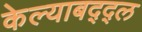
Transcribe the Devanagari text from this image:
केल्याबद्द्ल